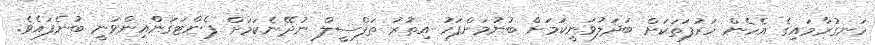
ހަނގުރާމައިގެ އެެހެން ހަރުފަތަކަށް ބަދަލުވަނީކަމަށް ބުނުމަށްފަހު އިތުރު ތަފްސީލް ނުދޭނެކަމަށް ޕެންޓަގަންއިންވަނީ ބުނެފައެވެ.